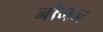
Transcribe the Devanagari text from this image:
नौमन